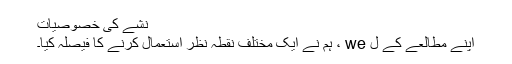
نشے کی خصوصیات
اپنے مطالعے کے ل we ، ہم نے ایک مختلف نقطہ نظر استعمال کرنے کا فیصلہ کیا۔